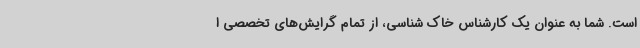
است. شما به عنوان یک کارشناس خاک شناسی، از تمام گرایش‌های تخصصی ا